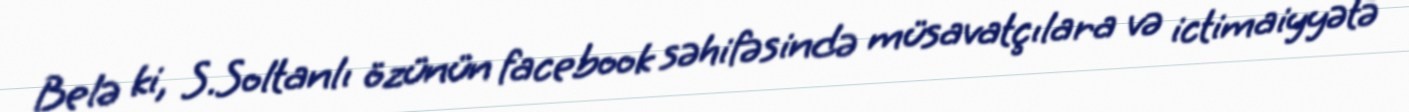
Belə ki, S.Soltanlı özünün facebook səhifəsində müsavatçılara və ictimaiyyətə